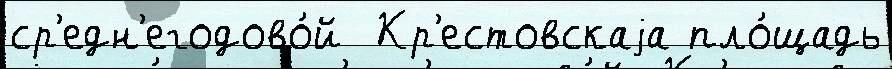
ср'едн'егодово́й  Кр'естовскаjа пло́щадь